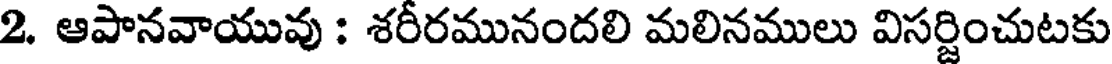
2. ఆపానవాయువు : శరీరమునందలి మలినములు విసర్జించుటకు